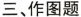
三、作图题